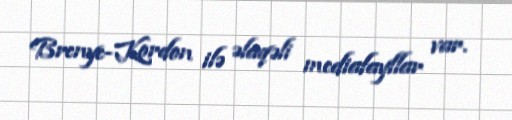
Brenye-Kordon ilə əlaqəli mediafayllar var.